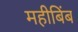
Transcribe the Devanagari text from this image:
महीबिंब